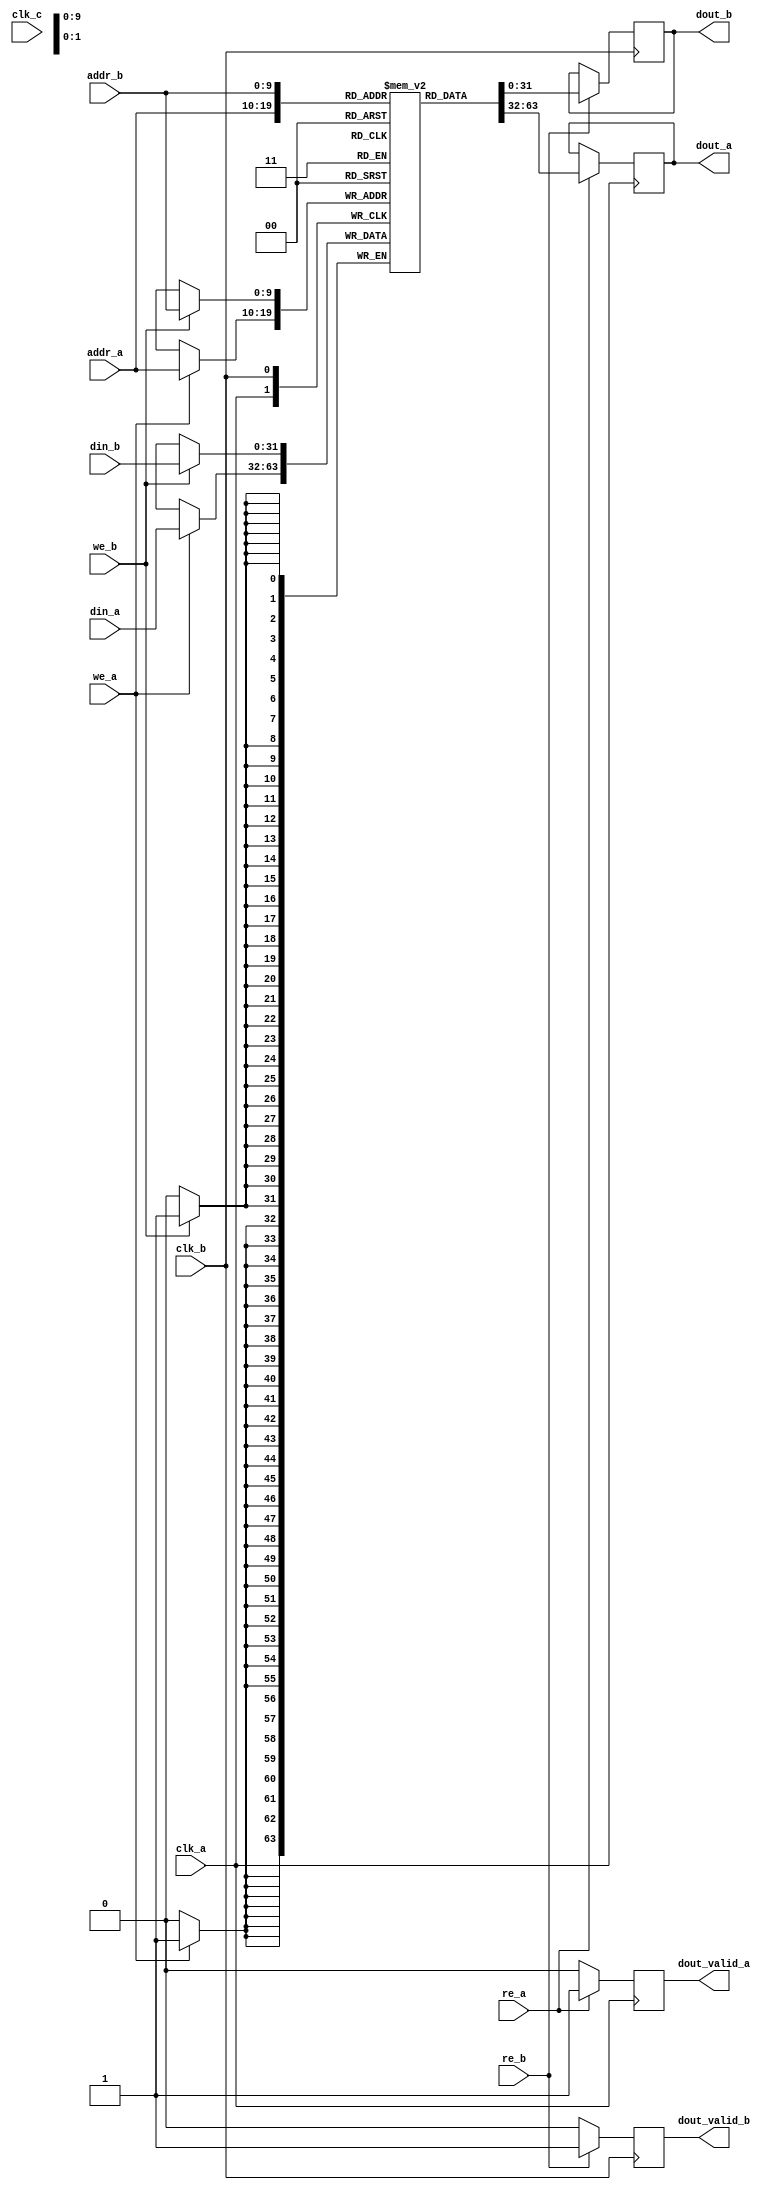
module bram_dual_port #(
    parameter ADDR_WIDTH = 10, // Address width (for 1024 words)
    parameter DATA_WIDTH = 32   // Data width (32 bits)
)(
    input wire clk_a,           // Clock for port A
    input wire clk_b,           // Clock for port B
    input wire we_a,            // Write enable for port A
    input wire re_a,            // Read enable for port A
    input wire [ADDR_WIDTH-1:0] addr_a, // Address for port A
    input wire [DATA_WIDTH-1:0] din_a,   // Data input for port A
    output reg [DATA_WIDTH-1:0] dout_a,   // Data output for port A
    output reg dout_valid_a,    // Data valid signal for port A

    input wire clk_c,           // Clock for port B
    input wire we_b,            // Write enable for port B
    input wire re_b,            // Read enable for port B
    input wire [ADDR_WIDTH-1:0] addr_b, // Address for port B
    input wire [DATA_WIDTH-1:0] din_b,   // Data input for port B
    output reg [DATA_WIDTH-1:0] dout_b,   // Data output for port B
    output reg dout_valid_b      // Data valid signal for port B

);

    // Memory array declaration
    reg [DATA_WIDTH-1:0] mem [(2**ADDR_WIDTH)-1:0];

    // Asynchronous reset (optional)
    integer i;
    initial begin
        for (i = 0; i < (2**ADDR_WIDTH); i = i + 1) begin
            mem[i] = 0; // Initialize memory to zero
        end
    end

    // Port A operations
    always @(posedge clk_a) begin
        if (we_a) begin
            mem[addr_a] <= din_a; // Write data to memory
        end
        if (re_a) begin
            dout_a <= mem[addr_a]; // Read data from memory
            dout_valid_a <= 1'b1;  // Set data valid signal
        end else begin
            dout_valid_a <= 1'b0;  // Clear data valid signal if not reading
        end
    end

    // Port B operations
    always @(posedge clk_b) begin
        if (we_b) begin
            mem[addr_b] <= din_b; // Write data to memory
        end
        if (re_b) begin
            dout_b <= mem[addr_b]; // Read data from memory
            dout_valid_b <= 1'b1;  // Set data valid signal
        end else begin
            dout_valid_b <= 1'b0;  // Clear data valid signal if not reading
        end
    end

endmodule